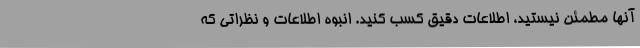
آنها مطمئن نیستید، اطلاعات دقیق کسب کنید. انبوه اطلاعات و نظراتی که